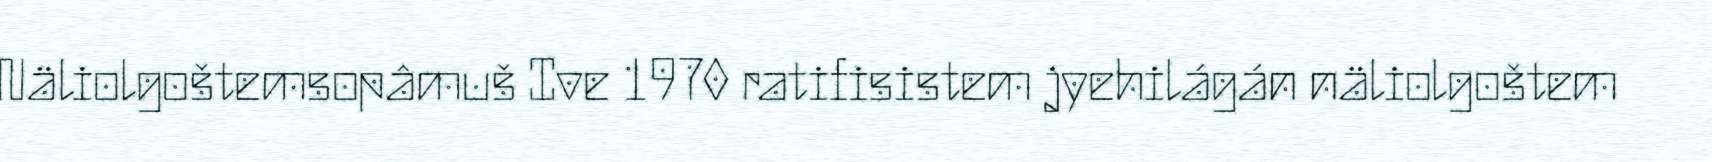
Näliolgoštemsopâmuš Ive 1970 ratifisistem jyehilágán näliolgoštem